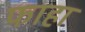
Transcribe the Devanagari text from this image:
फाहा